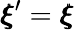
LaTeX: {\pmb\xi}^{\prime}={\pmb\xi}